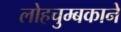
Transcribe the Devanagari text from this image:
लोहचुम्बकाने